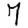
Digit: 7